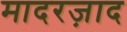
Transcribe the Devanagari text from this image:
मादरज़ाद